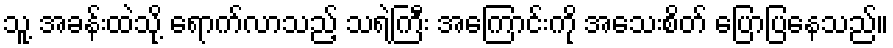
သူ့ အခန်းထဲသို့ ရောက်လာသည့် သရဲကြီး အကြောင်းကို အသေးစိတ် ပြောပြနေသည်။